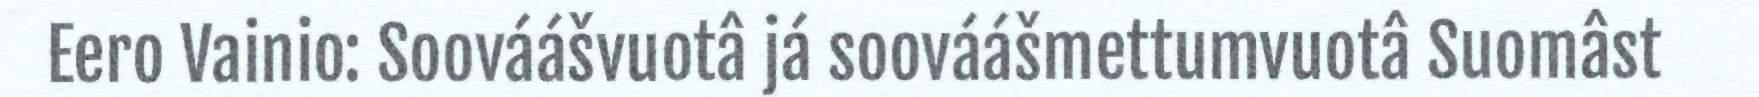
Eero Vainio: Soováášvuotâ já soováášmettumvuotâ Suomâst